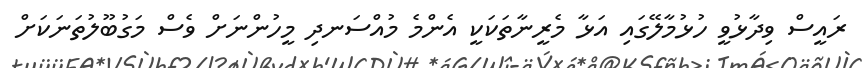
ރައީސް ވިދާޅުވީ ހުޅުމާލޭގައި އަޅާ މެރީނާތަކަކީ އެންމެ މުއްސަނދި މީހުންނަށް ވެސް މަގުބޫލުތަނަކަށް